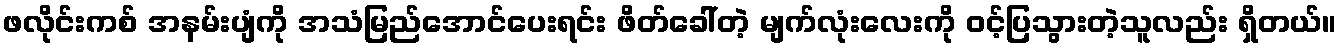
ဖလိုင်းကစ် အနမ်းပျံကို အသံမြည်အောင်ပေးရင်း ဖိတ်ခေါ်တဲ့ မျက်လုံးလေးကို ဝင့်ပြသွားတဲ့သူလည်း ရှိတယ်။